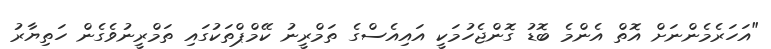
"އަހަރެމެންނަށް އޮތް އެންމެ ބޮޑު ގޮންޖެހުމަކީ އައިއެސްގެ ތަމްރީނު ކޭމްޕްތަކުގައި ތަމްރީނުވެގެން ހަތިޔާރު